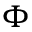
\Phi